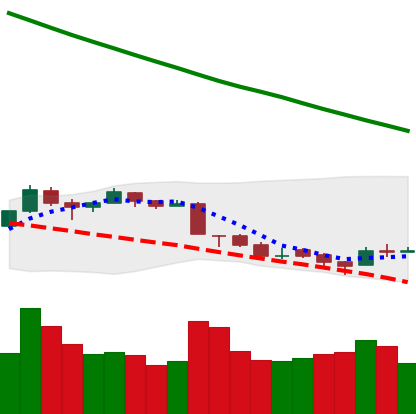
Ticker: TRX-USD
Chart end date: 2018-09-15
Forward return: 7.425%
Label: up_7plus